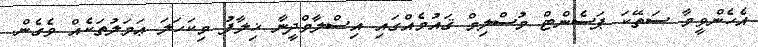
އެހެންވީމާ ސަތޭކަ ޕަސެންޓް މުސްލިމް ޤައުމެއްގައި އިސްލާމްދީނާ ޚިލާފު މިކަހަލަ ޢަމަލުތަކެއް ވެގެން